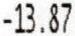
-13.87